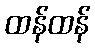
ထန်ထန်